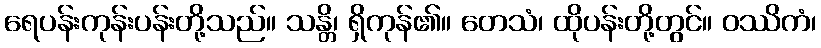
ရေပန်းကုန်းပန်းတို့သည်။ သန္တိ၊ ရှိကုန်၏။ တေသံ၊ ထိုပန်းတို့တွင်။ ဝဿိကံ၊